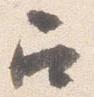
召